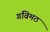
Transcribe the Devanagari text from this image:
गविमठ